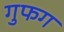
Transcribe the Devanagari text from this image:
गुफग